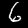
Digit: 6